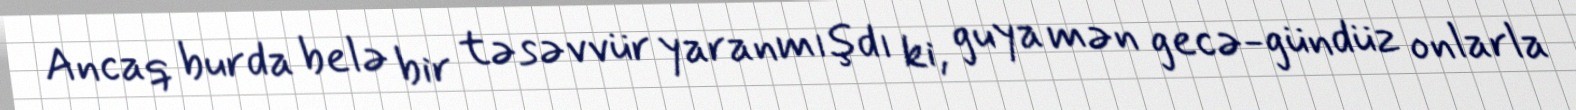
Ancaq burda belə bir təsəvvür yaranmışdı ki, guya mən gecə-gündüz onlarla